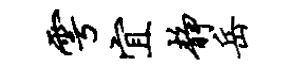
雩宜静岳